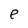
Character: e